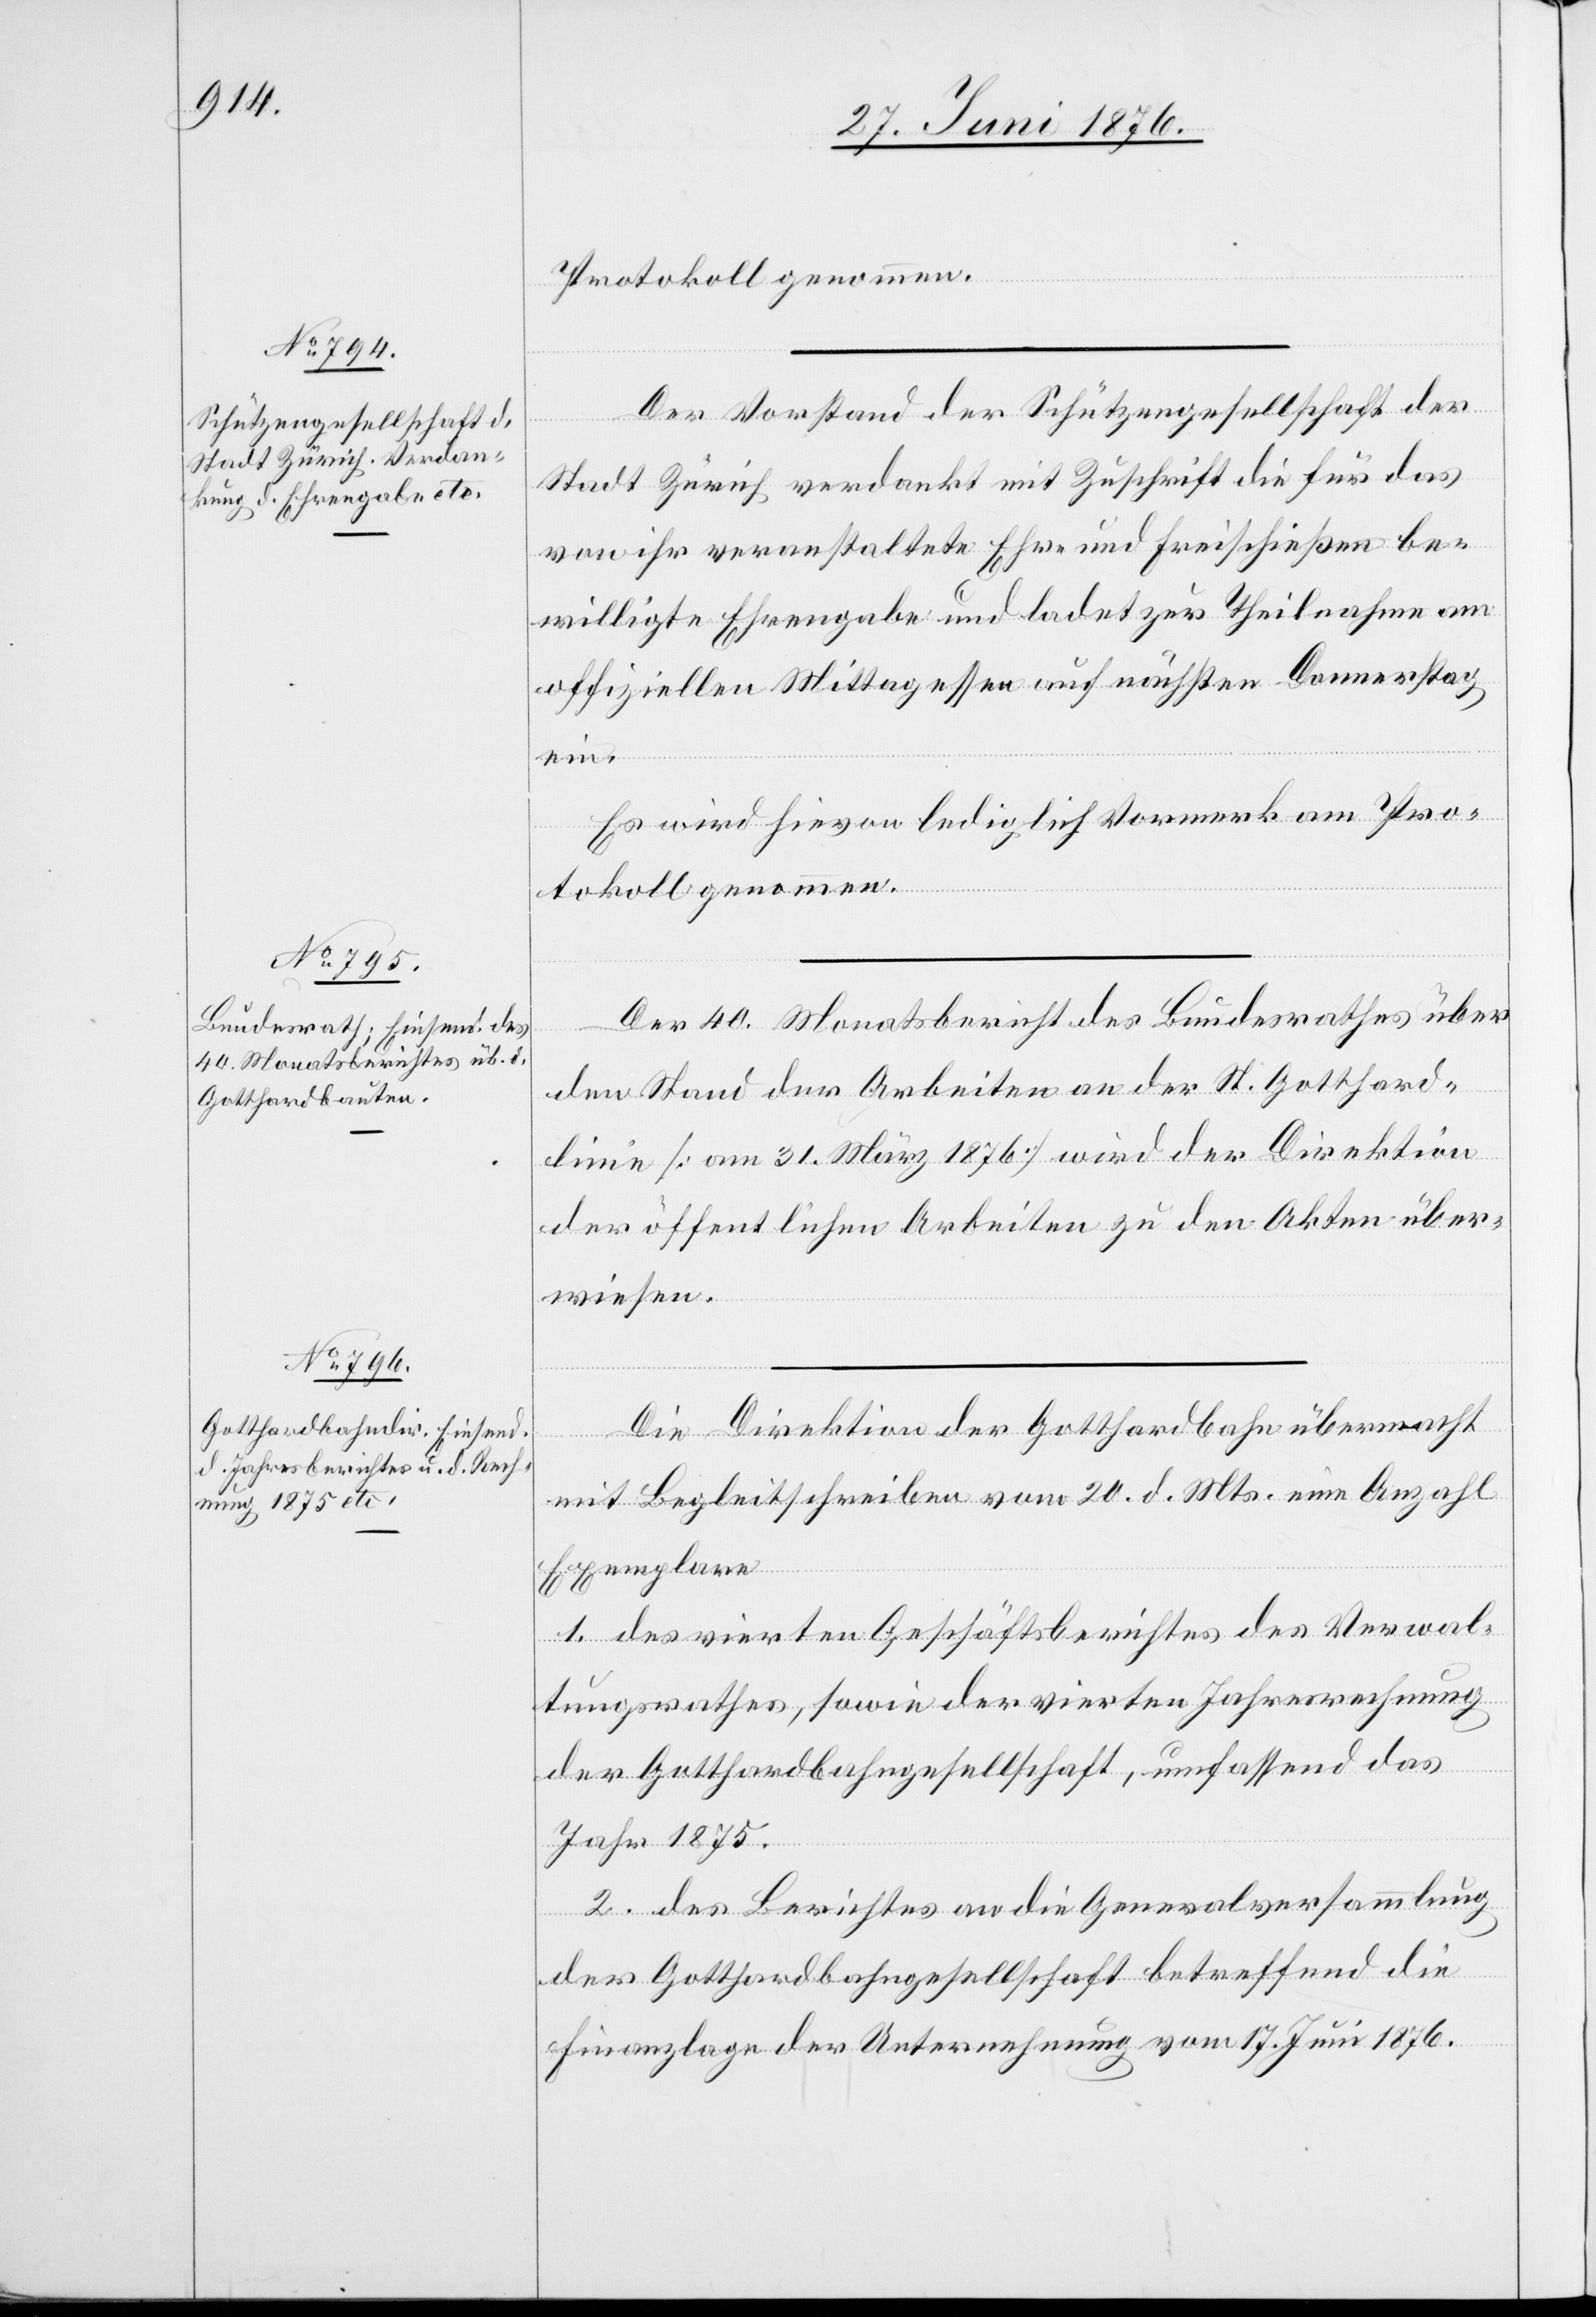
Protokoll genommen.
Der Vorstand der Schützengesellschaft der
Stadt Zürich verdankt mit Zuschrift die für das
von ihr veranstaltete Ehr- und Freischießen be¬
willigte Ehrenhabe und ladet zur Theilnahme am
offiziellen Mittagessen auf nächsten Donnerstag
ein.
Es wird hievon lediglich Vormerk am Pro¬
tokoll genommen.
Der 40. Monatsbericht des Bundesrathes über
den Stand der Arbeiten an der St. Gotthard¬
linie [31. März 1876] wird der Direktion
der öffentlichen Arbeiten zu den Akten über¬
wiesen.
Die Direktion der Gotthardbahn übermacht
mit Begleitschreiben vom 20. d. Mts. eine Anzahl
Exemplare
1. des vierten Geschäftsberichtes des Verwal¬
tungsrathes, sowie der vierten Jahresrechnung
der Gotthardbahngesellschaft, umfassend das
Jahr 1875.
2. des Berichtes an die Generalversammlung
der Gotthardbahngesellschaft betreffend die
Finanzlage der Unternehmung vom 17. Juni 1876.